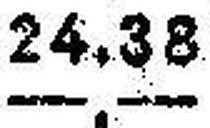
—.—